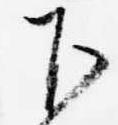
下